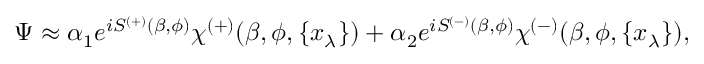
\Psi \approx \alpha _ { 1 } e ^ { i S ^ { ( + ) } ( \beta , \phi ) } \chi ^ { ( + ) } ( \beta , \phi , \{ x _ { \lambda } \} ) + \alpha _ { 2 } e ^ { i S ^ { ( - ) } ( \beta , \phi ) } \chi ^ { ( - ) } ( \beta , \phi , \{ x _ { \lambda } \} ) ,